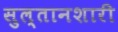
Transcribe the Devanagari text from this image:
सुल्तानशारी